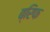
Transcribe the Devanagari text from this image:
ब्रिफ